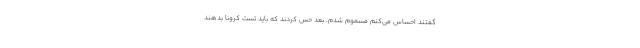
گفتند احساس می‌کنم مسموم شدم. بعد حس کردند که باید تست کرونا بدهند